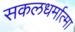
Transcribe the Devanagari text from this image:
सकलधर्मात्मा